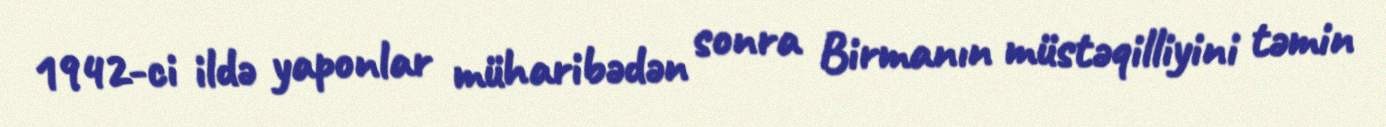
1942-ci ildə yaponlar müharibədən sonra Birmanın müstəqilliyini təmin